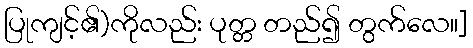
ပြုကျင့်၏)ကိုလည်း ပုတ္တ တည်၍ တွက်လေ။]